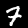
Digit: 7